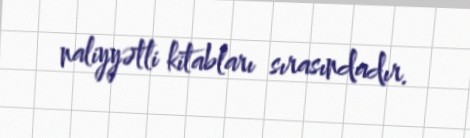
naliyyətli kitabları sırasındadır.